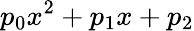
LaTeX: p_{0}x^{2}+p_{1}x+p_{2}